Madras plague regulations and rules - Volume 1
Disease focus: Plague
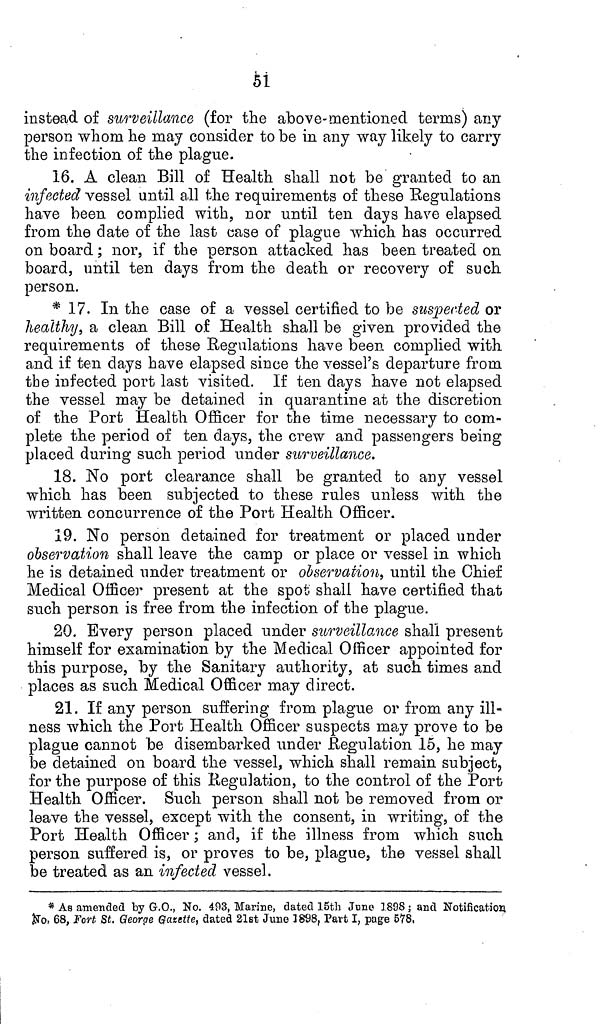
51
instead of surveillance (for the above-mentioned terms) any
person whom he may consider to be in any way likely to carry
the infection of the plague.
16. A clean Bill of Health shall not be granted to an
infected vessel until all the requirements of these Regulations
have been complied with, nor until ten days have elapsed
from the date of the last case of plague which has occurred
on board; nor, if the person attacked has been treated on
board, until ten days from the death or recovery of such
person.
* 17. In the case of a vessel certified to be suspected or
healthy, a clean Bill of Health shall be given provided the
requirements of these Regulations have been complied with
and if ten days have elapsed since the vessel's departure from
the infected port last visited. If ten days have not elapsed
the vessel may be detained in quarantine at the discretion
of the Port Health Officer for the time necessary to com-
plete the period of ten days, the crew and passengers being
placed during such period under surveillance.
18. No port clearance shall be granted to any vessel
which has been subjected to these rules unless with the
written concurrence of the Port Health Officer.
19. No person detained for treatment or placed under
observation shall leave the camp or place or vessel in which
he is detained under treatment or observation, until the Chief
Medical Officer present at the spot shall have certified that
such person is free from the infection of the plague.
20. Every person placed under surveillance shall present
himself for examination by the Medical Officer appointed for
this purpose, by the Sanitary authority, at such times and
places as such Medical Officer may direct.
21. If any person suffering from plague or from any ill-
ness which the Port Health Officer suspects may prove to be
plague cannot be disembarked under Regulation 15, he may
be detained on board the vessel, which shall remain subject,
for the purpose of this Regulation, to the control of the Port
Health Officer. Such person shall not be removed from or
leave the vessel, except with the consent, in writing, of the
Port Health Officer; and, if the illness from which such
person suffered is, or proves to be, plague, the vessel shall
be treated as an infected vessel.
* As amended by G.O., No. 493, Marine, dated 15th June 1898; and Notification
No. 68, Fort St. George Gazette, dated 21st June 3898, Part I, page 578,